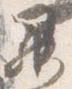
昇